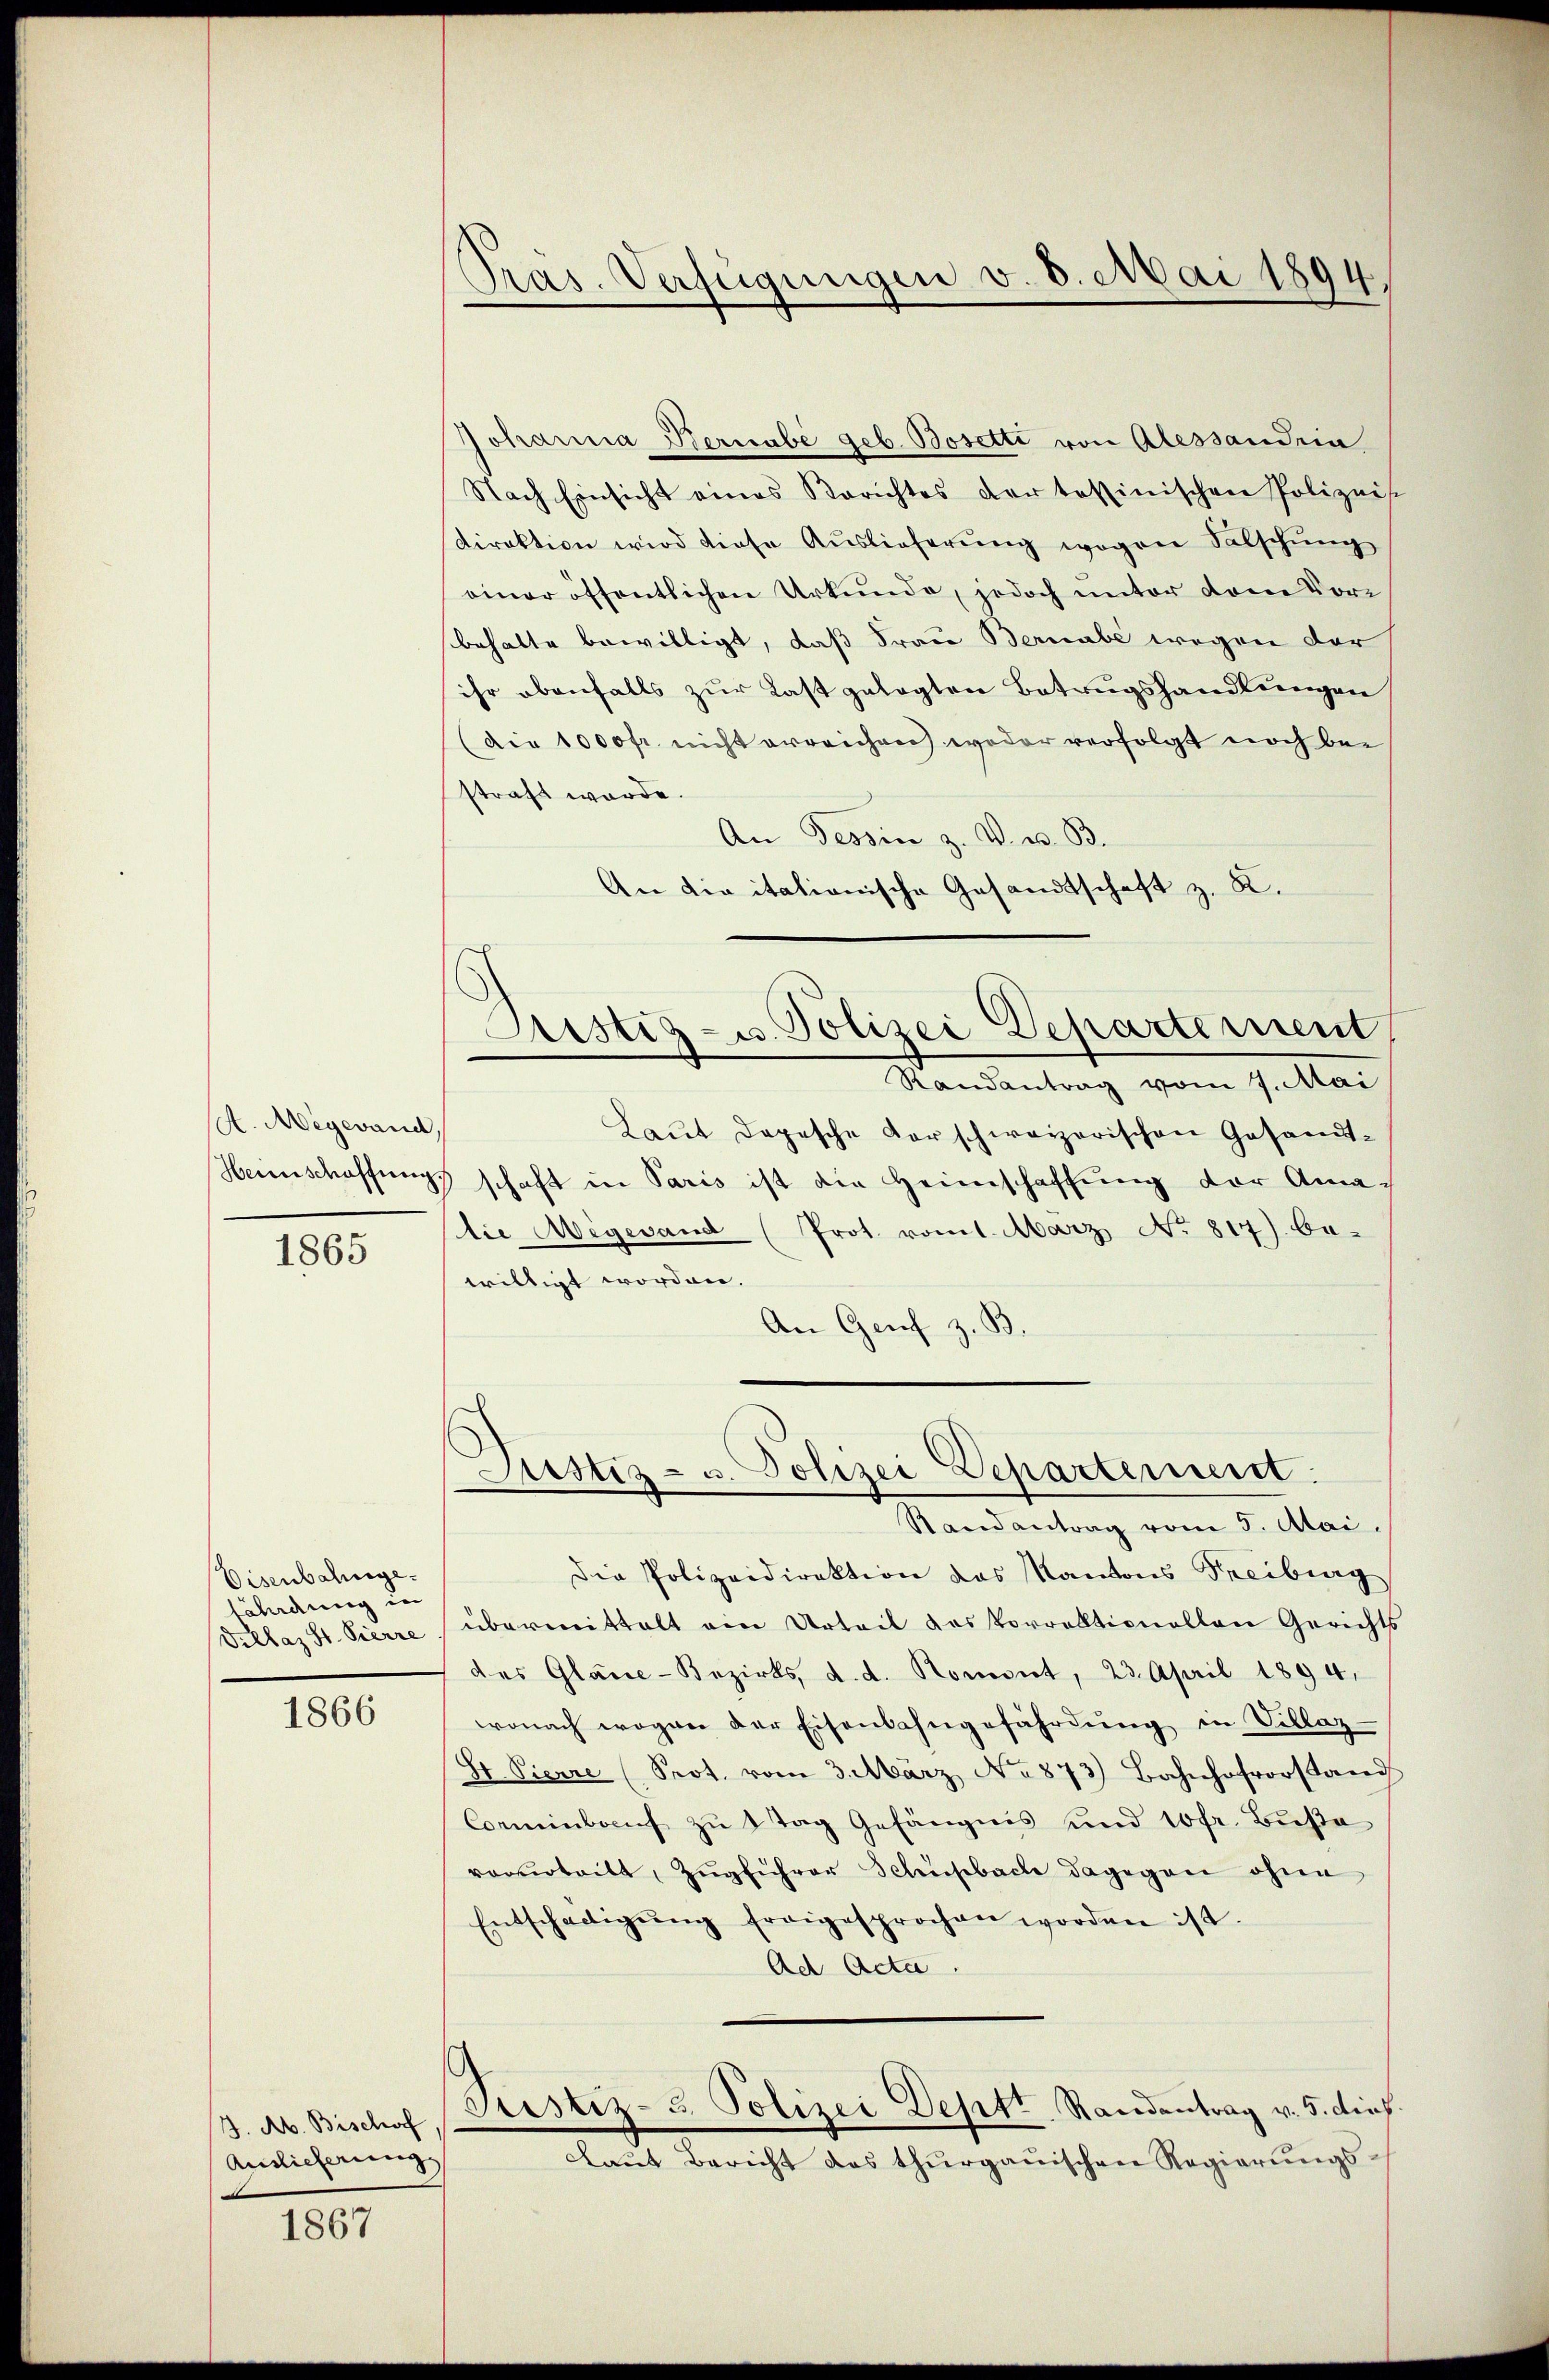
A. Megewand,

1865

Eisenbahngefährdung in
Villaz St. Pierre

1866

J. Ab. Bischoff
Auslieferung

1867

Pras. Verfügungen v. 8. Mai 1894.

Johanna Bernabe geb. Bosette von Alessandria
Nach Einsicht eines Berichtes der tessinischen Polizeis
direktion wird diese Auslieferŭng wegen Salschung
einer öffentlichen Urkunde, jedoch unter dem Vorbehalte bewilligt, daß Frau Bernabe wegen der
ihr obenfalls zur Last gelegten Betrugshandlungen
(Die 1000fr. nicht erreichen weder verfolgt noch bei
straft werde.
An Tessin z. V. u. 33.
An die italionische Gesandtschaft z. R.
Laŭt Depesche darschweizerischen Gesandt-
Heimschaffungs schaft in Paris ist die Heimschaffung der Ama-
die Aigesand (Prot. vom 1. März No 817) be-
willigt worden.
An Genf z. B.
.
Liestiz- u. Polizei Departement.
Randantrag vom 5. Mai.
Die Polizeidirektion das Kantons Freiburg
übermittelt ein Urteil das Vorrektionellen Gerichts
des Glane-Bezirks, d. d. Romont, 23. April 1894.
wonach wegen der Eisenbahngefährdung in Villaz
St. Pierre (Prot. vom 3. März No 873) Bahnhofvorstand
Comminbaŭf zŭ ttag Gefängnis und 10 fr. Bŭβe
vorurteilt, Zugführer Schickbach dagegen ohne
Entschädigŭng freigesprochen worden ist.
Ad Acta
Justiz- u. Polizei Deptt Randentrag v. 5. dies
Laŭt Bericht das thurgauischen Regierŭngs-

Justiz- u. Polizei Departement,
Randantrag vom Sallai